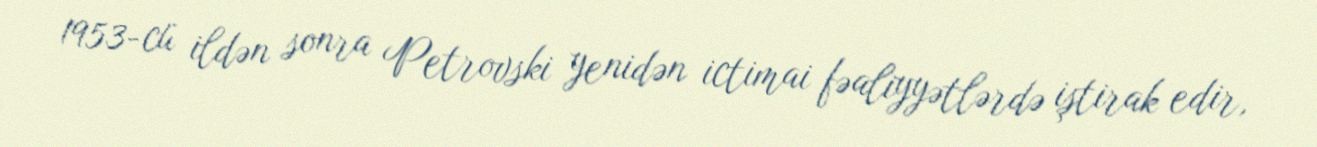
1953-cü ildən sonra Petrovski yenidən ictimai fəaliyyətlərdə iştirak edir,